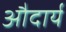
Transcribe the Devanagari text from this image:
औदार्यं